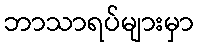
ဘာသာရပ်များမှာ